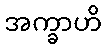
အက္ခာဟိ